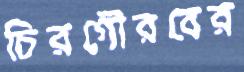
চিরগৌরবের